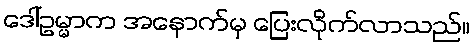
ဒေါ်ဥမ္မာက အနောက်မှ ပြေးလိုက်လာသည်။